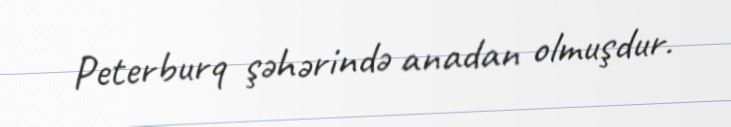
Peterburq şəhərində anadan olmuşdur.